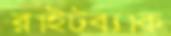
রাইটব্যাক